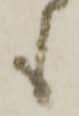
も